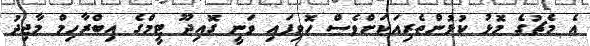
އެ މެޗުގެ މޮޅު ކުޅުންތެރިއަކަށްވެސް ހޮވިފައި ވަނީ ގޮއިދޫ ޓީމްގެ އިބްރާހިމް މާޖިދު